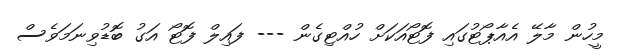
މީހުން މާލޭ އެއާޕޯޓުގައި ފޮޓޯއަކަށް ހުއްޓިގެން --- ފައިލް ފޮޓޯ އަގު ބޮޑުވިނަމަވެސް